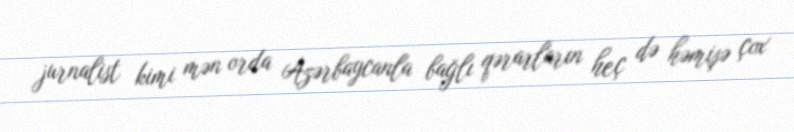
jurnalist kimi mən orda Azərbaycanla bağlı qərarların heç də həmişə çox